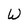
Character: W